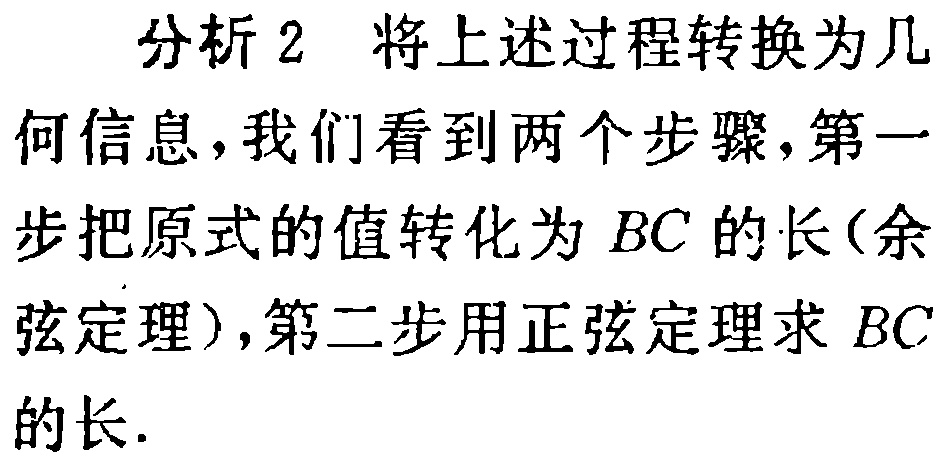
分析 2 将上述过程转换为几
何信息，我们看到两个步骤，第一
步把原式的值转化为 \(BC\) 的长(余
弦定理)，第二步用正弦定理求 \(BC\)
的长.